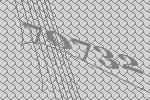
70732